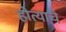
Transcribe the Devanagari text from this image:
होत्याचे